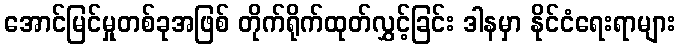
အောင်မြင်မှုတစ်ခုအဖြစ် တိုက်ရိုက်ထုတ်လွှင့်ခြင်း ဒါနမှာ နိုင်ငံရေးရာများ